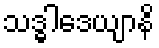
သဒ္ဓါဒေယျာနိ